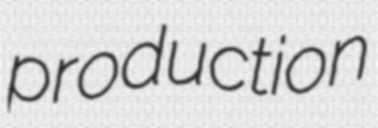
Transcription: production